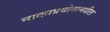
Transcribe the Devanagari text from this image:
नाट्यप्रयोगामधील